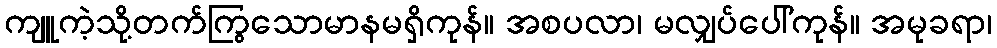
ကျူကဲ့သို့တက်ကြွသောမာနမရှိကုန်။ အစပလာ၊ မလျှပ်ပေါ်ကုန်။ အမုခရာ၊